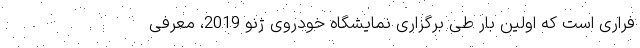
فراری است که اولین بار طی برگزاری نمایشگاه خودروی ژنو 2019، معرفی